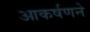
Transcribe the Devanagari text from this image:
आकर्षणने